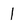
Character: 1